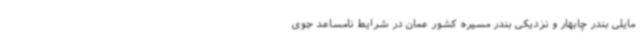
مایلی بندر چابهار و نزدیکی بندر مسیره کشور عمان در شرایط نامساعد جوی